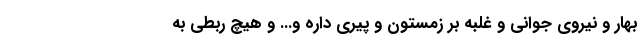
بهار و نیروی جوانی و غلبه بر زمستون و پیری داره و... و هیچ ربطی به